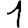
Digit: 1